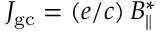
{ \cal J } _ { \mathrm { g c } } = ( e / c ) \, B _ { \| } ^ { * }